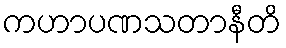
ကဟာပဏသတာနီတိ